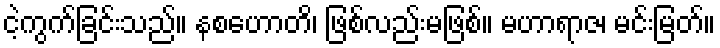
ငဲ့ကွက်ခြင်းသည်။ နစဟောတိ၊ ဖြစ်လည်းမဖြစ်။ မဟာရာဇ၊ မင်းမြတ်။